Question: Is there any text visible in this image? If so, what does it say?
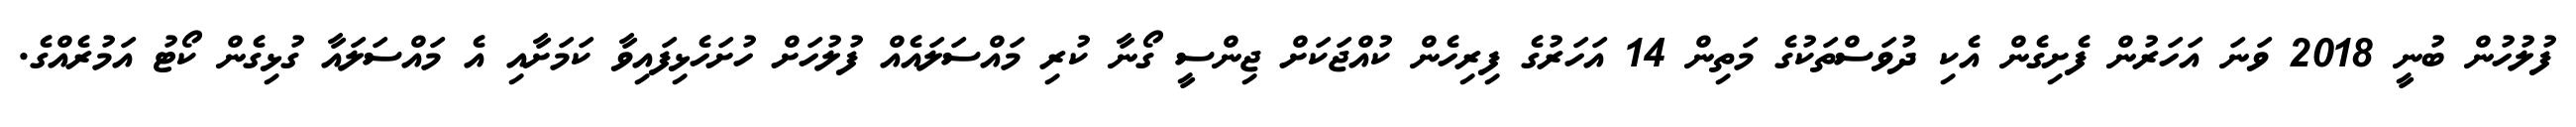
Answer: ފުލުހުން ބުނީ 2018 ވަނަ އަހަރުން ފެށިގެން އެކި ދުވަސްތަކުގެ މަތިން 14 އަހަރުގެ ފިރިހެން ކުއްޖަކަށް ޖިންސީ ގޯނާ ކުރި މައްސަލައެއް ފުލުހަށް ހުށަހެޅިފައިވާ ކަމަށާއި އެ މައްސަލައާ ގުޅިގެން ކޯޓު އަމުރެއްގެ.